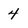
Character: 4